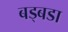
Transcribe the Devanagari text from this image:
बड्बडा